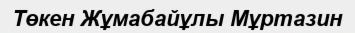
Төкен Жұмабайұлы Мұртазин